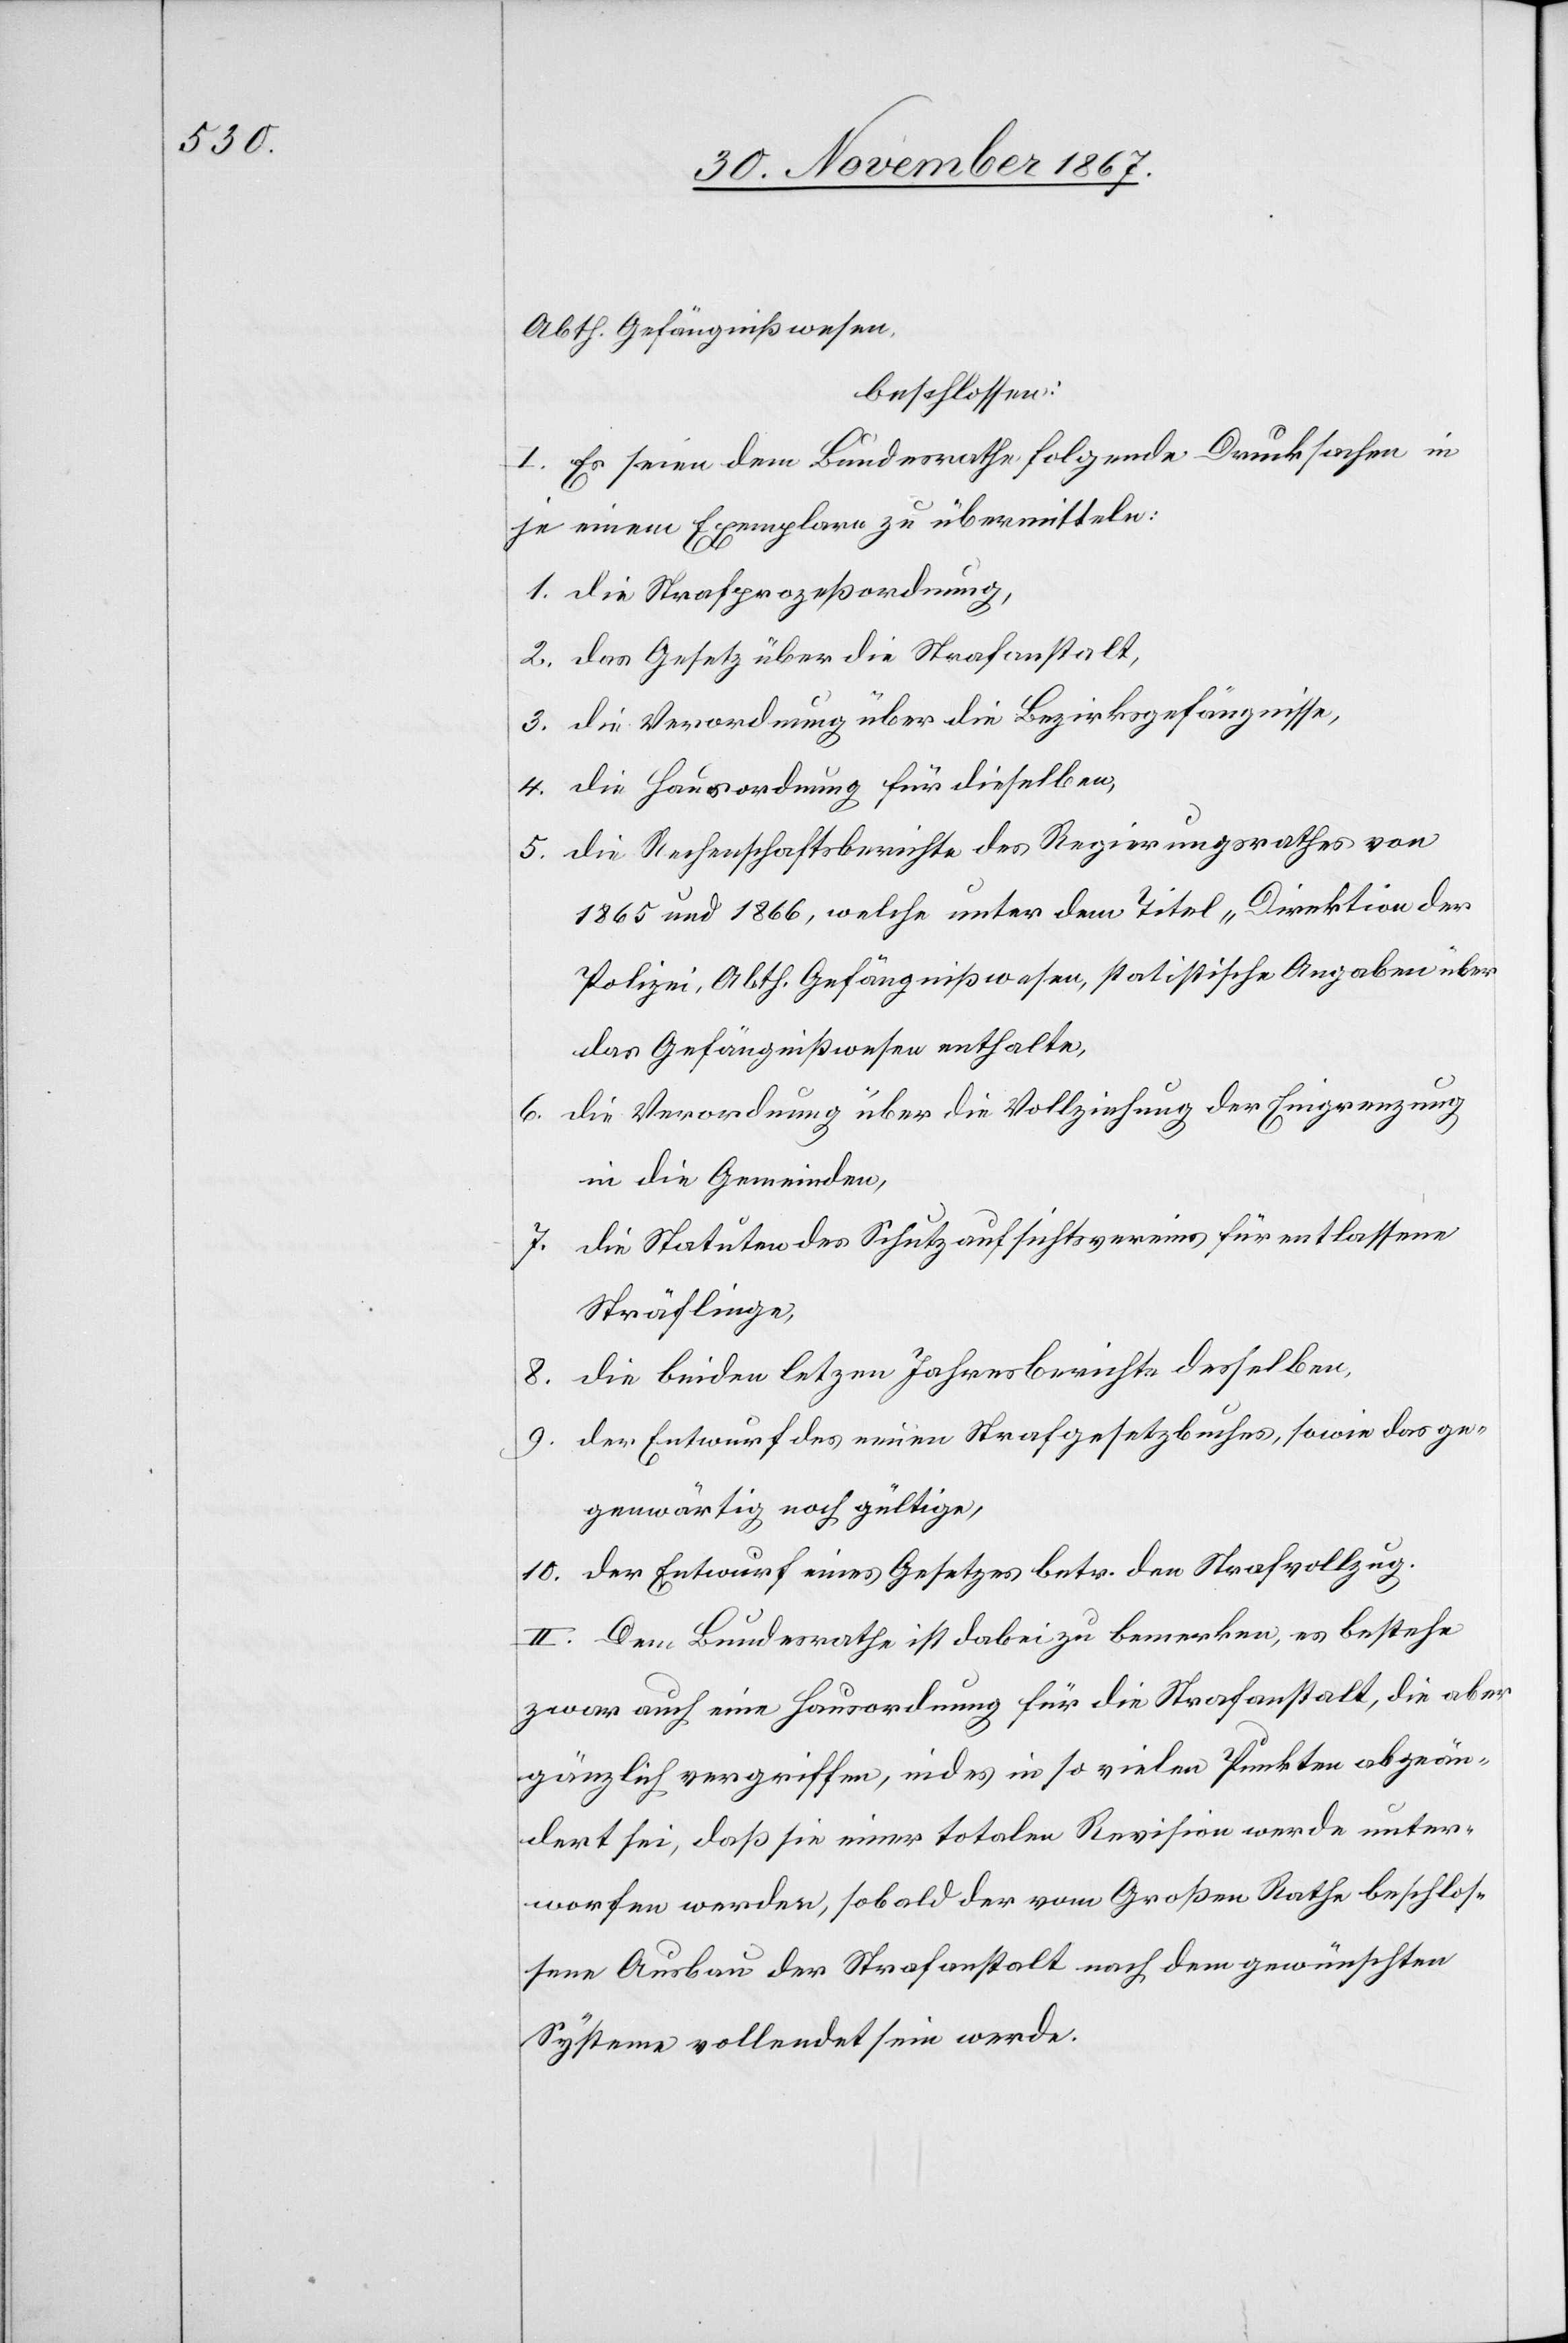
Abth. Gefängnißwesen,
beschlossen:
I. Es seien dem Bundesrathe folgende Drucksachen in
je einem Exemplar zu übermitteln:
1. die Strafprozeßordnung,
2. das Gesetz über die Strafanstalt,
3. die Verordnung über die Bezirksgefängnisse,
4. die Hausordnung für dieselben,
5. die Rechenschaftsberichte des Regierungsrathes von
1865 und 1866, welche unter dem Titel „Direktion der
Polizei, Abth. Gefängnißwesen,“ statistische Angaben über
das Gefängnißwesen enthalte,
die Verordnung über die Vollziehung der Eingrenzung
6.
in die Gemeinden,
die Statuten des Schutzaufsichtsvereins für entlassene
7.
Sträflinge,
die beiden letz[t]en Jahresberichte desselben,
8.
den Entwurf des neuen Strafgesetzbuches, sowie das ge¬
9.
genwärtig noch gültige,
10. der Entwurf eines Gesetzes betr. den Strafvollzug.
II. Dem Bundesrathe ist dabei zu bemerken, es bestehe
zwar auch eine Hausordnung für die Strafanstalt, die aber
gänzlich vergriffen, indes in so vielen Punkten abgeän¬
dert sei, daß sie einer totalen Revision werde unter¬
worfen werden, sobald der vom Großen Rathe beschlos¬
sene Ausbau der Strafanstalt nach dem gewünschten
System vollendet sein werde.